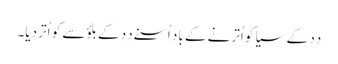
دِدِ کے سیا کو اُترنے کے باد اُسنے دِدِ کے بلؤسے کو اُتر دِیا۔